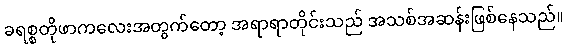
ခရစ္စတိုဖာကလေးအတွက်တော့ အရာရာတိုင်းသည် အသစ်အဆန်းဖြစ်နေသည်။